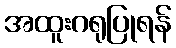
အထူးဂရုပြုရန်